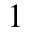
^ { 1 }